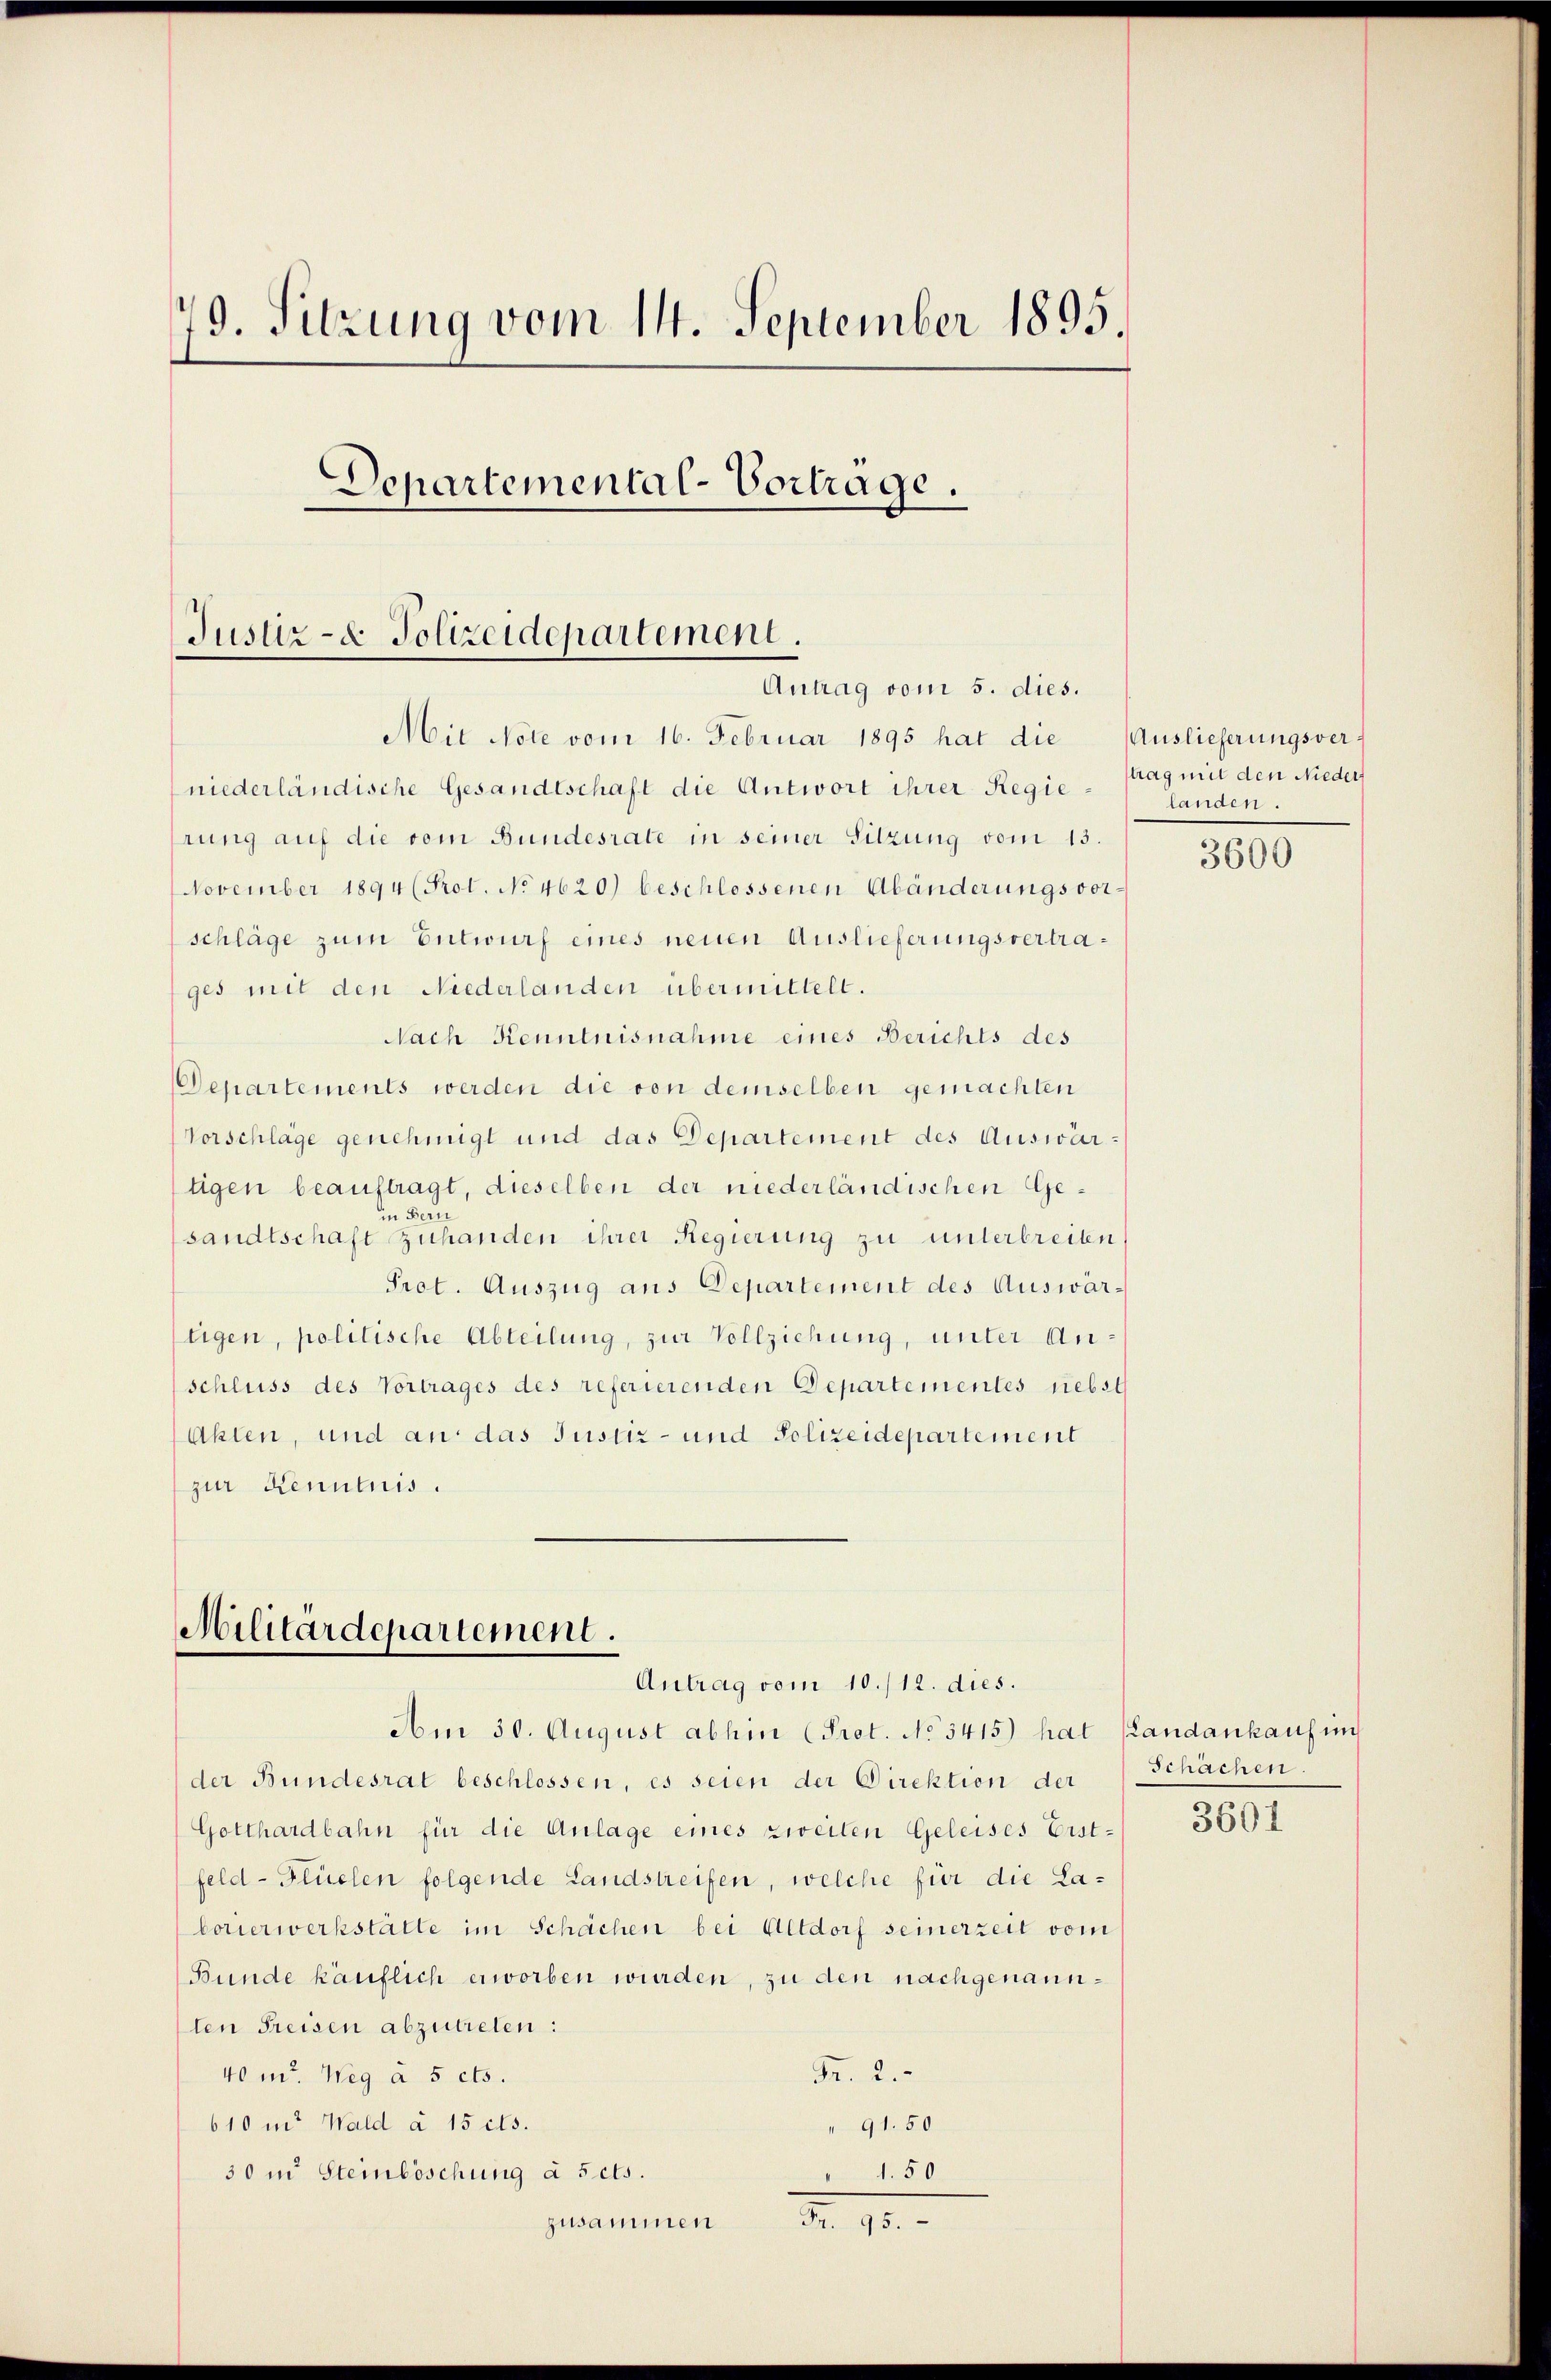
19. Sitzung vom 14. September 1895.
Departemental-Vortrage,
Justiz- & Polizeidepartement.
Antrag vom 5. dies.

Mit Note vom 16. Februar 1895 hat die Auslieferungsver-

ges mit den Niederlanden übermittelt.
Nach Kenntnisnahme eines Berichts des
Departements werden die von demselben gemachten
Vorschläge genehmigt und das Departement des Auswärtigen beauftragt, dieselben der niederländischen Gein Bern
sandtschaft zuhanden ihrer Regierung zu unterbreiten
Prot. Auszug aus Departement des Auswär¬
Eigen, politische Abteilung, zur Vollziehung, unter Anschluss des Vortrages des referierenden Departementes nebst
Akten, und an das Justiz- und Polizeidepartement
zur Kenntnis.

niederländische Gesandtschaft die Antwort ihrer Regierung auf die vom Bundesrate in seiner Sitzung vom 13.
November 1894 (Prot. No. 4620) beschlossenen Abänderungsvorschläge zum Entwurf eines neuen Auslieferungsvertra¬

Militärdepartement.
Antrag vom 10./12. dies.

Am 30. August abhin (Prot. No 3415) hat
der Bundesrat beschlossen, es seien der Direktion der
Gotthardbahn für die Anlage eines zweilen Geleises Erst-
feld- Flüelen folgende Landstreifen, welche für die Laborierwerkstätte im Schächen bei Altdorf seinerzeit vom
Bunde käuflich erworben wurden, zu den nachgenannten Preisen abzutreten:
Fr. 2.
40 u. Weg à 5 cts.
610 in Wald à 15 cts.
91.50
30 in Steinböschung à 5 cts.
1.50
N. 13.
zusammen

trag mit den Nieder
landen.

3600

Landankauf im
Schächen.

3601